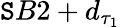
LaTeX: \mathtt{S}B2+d_{\tau_{1}}